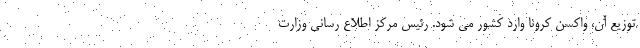
توزیع آن، واکسن کرونا وارد کشور می شود. رئیس مرکز اطلاع رسانی وزارت